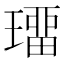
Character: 璢